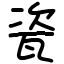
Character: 瓷